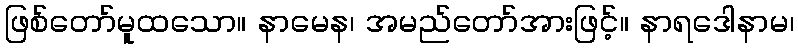
ဖြစ်တော်မူထသော။ နာမေန၊ အမည်တော်အားဖြင့်။ နာရဒေါနာမ၊